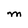
Character: M